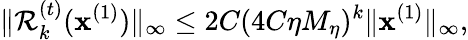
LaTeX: \| \mathcal{R}_{k}^{(t)}(\mathbf{x}^{(1)})\| _{\infty}\leq 2C(4C\eta M_{\eta})^{k}\| \mathbf{x}^{(1)}\| _{\infty},